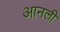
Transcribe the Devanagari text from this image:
आनली